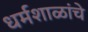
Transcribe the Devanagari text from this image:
धर्मशाळांचे